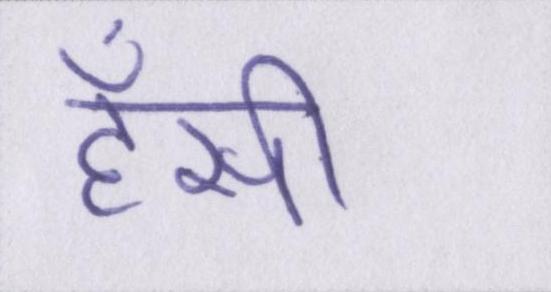
हॅसी